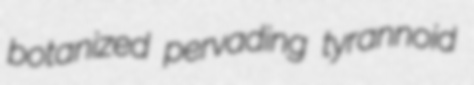
botanized pervading tyrannoid